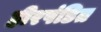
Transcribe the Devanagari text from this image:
हीरपंडित